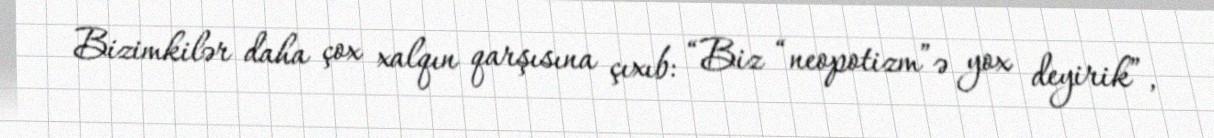
Bizimkilər daha çox xalqın qarşısına çıxıb: “Biz “neopotizm”ə yox deyirik”,